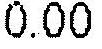
0.00